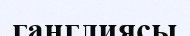
ганглиясы